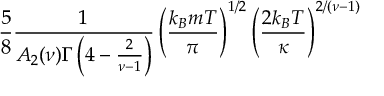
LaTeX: { \frac { 5 } { 8 } } { \frac { 1 } { A _ { 2 } ( \nu ) \Gamma \left( 4 - { \frac { 2 } { \nu - 1 } } \right) } } \left( { \frac { k _ { B } m T } { \pi } } \right) ^ { 1 / 2 } \left( { \frac { 2 k _ { B } T } { \kappa } } \right) ^ { 2 / ( \nu - 1 ) }